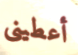
أعطينى